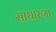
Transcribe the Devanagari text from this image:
साधारणा